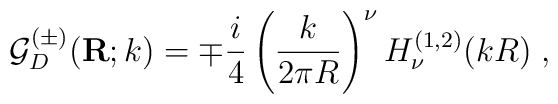
{\mathcal G}^{(\pm)}_{{D}}({\bf  R};k) =\mp \frac{i}{4}\left( \frac{k}{2\pi R} \right)^{\nu}H^{(1,2)}_{\nu}(kR)\; ,